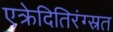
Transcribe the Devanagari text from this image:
एक्रेदितिरंग्स्रत